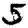
Digit: 5